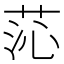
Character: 𦯹